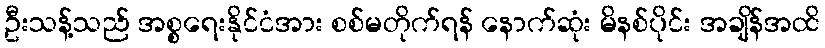
ဦးသန့်သည် အစ္စရေးနိုင်ငံအား စစ်မတိုက်ရန် နောက်ဆုံး မိနစ်ပိုင်း အချိန်အထိ